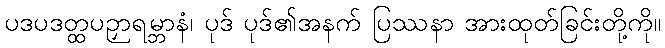
ပဒပဒတ္ထပဉှာရမ္ဘာနံ၊ ပုဒ် ပုဒ်၏အနက် ပြဿနာ အားထုတ်ခြင်းတို့ကို။